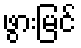
ဖွားမြင်